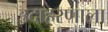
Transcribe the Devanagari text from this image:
उदाहरणाला